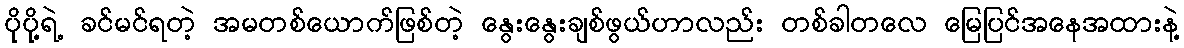
ပိုပို့ရဲ့ ခင်မင်ရတဲ့ အမတစ်ယောက်ဖြစ်တဲ့ နွေးနွေးချစ်ဖွယ်ဟာလည်း တစ်ခါတလေ မြေပြင်အနေအထားနဲ့